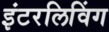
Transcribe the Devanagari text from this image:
इंटरलिविंग